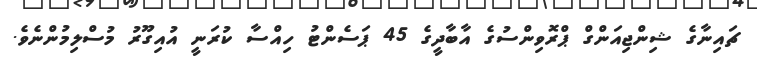
ޗައިނާގެ ޝިންޖިއަންގް ޕްރޮވިންސުގެ އާބާދީގެ 45 ޕަސެންޓު ހިއްސާ ކުރަނީ އުއިގޫރު މުސްލިމުންނެވެ.